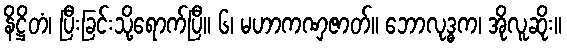
နိဋ္ဌိတံ၊ ပြီးခြင်းသို့ရောက်ပြီ။ ၆၊ မဟာကဏှဇာတ်။ ဘောလုဒ္ဓက၊ အိုလူဆိုး။